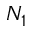
N _ { 1 }